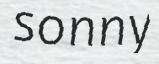
sonny